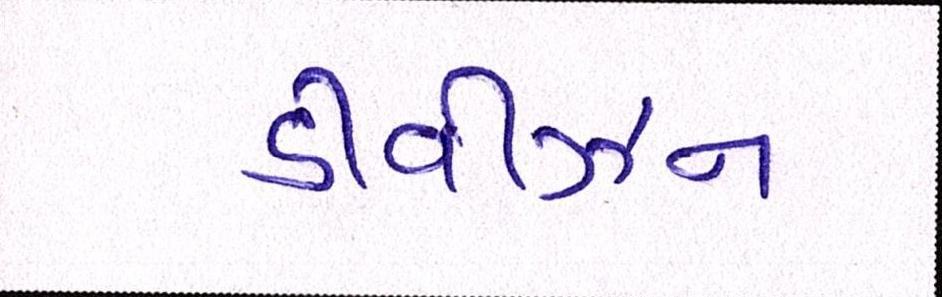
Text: ડીવીઝન